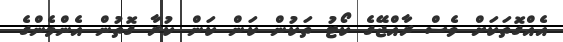
އެއްގޮތަކަށް ވެސް ރާއްޖޭގެ ކޯޓު ތަކުން ކަން ކަން ކުރާ ގޮތުން އެންމެންގެ